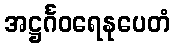
အဋ္ဌင်္ဂဝရေနုပေတံ